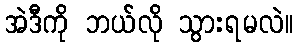
အဲဒီကို ဘယ်လို သွားရမလဲ။